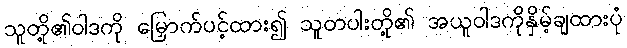
သူတို့၏ဝါဒကို မြှောက်ပင့်ထား၍ သူတပါးတို့၏ အယူဝါဒကိုနှိမ့်ချထားပုံ